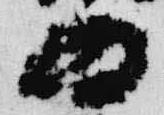
為